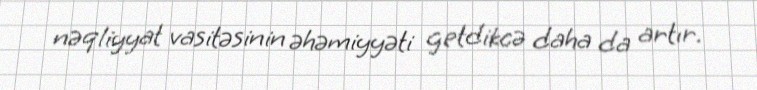
nəqliyyat vasitəsinin əhəmiyyəti getdikcə daha da artır.